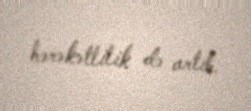
hərəkətlilik də artıb.